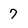
Character: 7